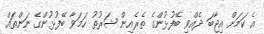
އެ ކަމަށް އިޖާބަ ދެއްވި ބޭފުޅުންގެ ތެރެއިން ޝަރުތު ހަމަވާ ބޭފުޅުންގެ ނަންތައް